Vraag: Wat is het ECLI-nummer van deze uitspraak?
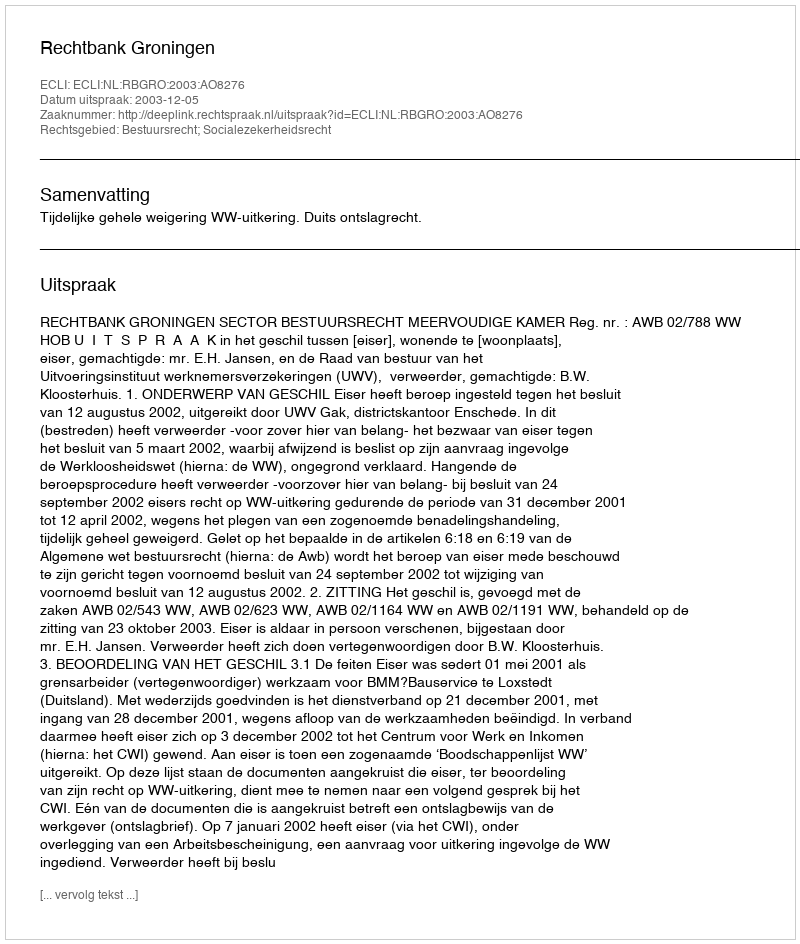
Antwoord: ECLI:NL:RBGRO:2003:AO8276